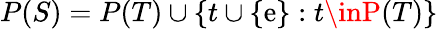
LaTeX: P(S)=P(T)\cup\{ t\cup\{ \mathrm{e}\} :t\inP(T)\}